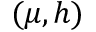
( \mu , h )